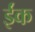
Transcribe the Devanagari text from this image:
ईंक